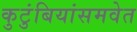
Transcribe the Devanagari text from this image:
कुटुंबियांसमवेत